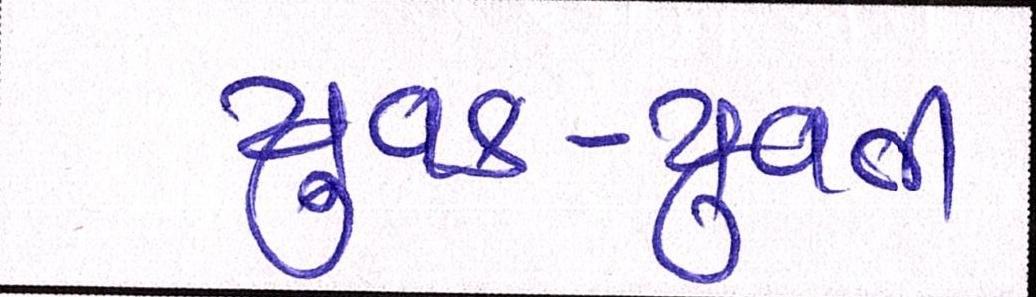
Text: યુવક-યુવતી